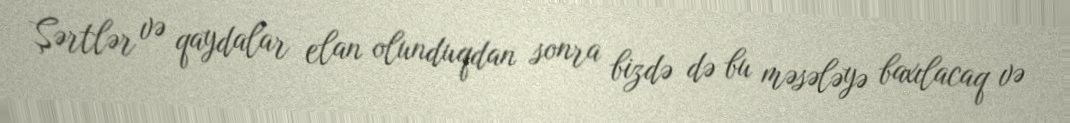
Şərtlər və qaydalar elan olunduqdan sonra bizdə də bu məsələyə baxılacaq və